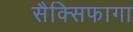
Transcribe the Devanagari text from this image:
सैक्सिफागा